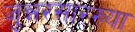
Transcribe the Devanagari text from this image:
जुन्नरसारख्या